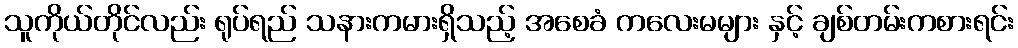
သူကိုယ်တိုင်လည်း ရုပ်ရည် သနားကမားရှိသည့် အစေခံ ကလေးမများ နှင့် ချစ်တမ်းကစားရင်း